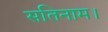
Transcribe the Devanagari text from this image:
सतिनाम।